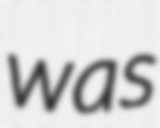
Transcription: was